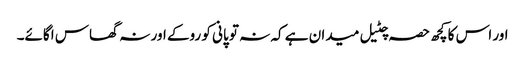
اور اس کا کچھ حصہ چٹیل میدان ہے کہ نہ تو پانی کو روکے اور نہ گھاس اگائے۔